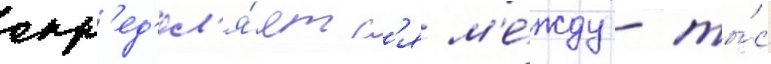
опр'ед'ел'я́етс'я м'е́жду - ты́с